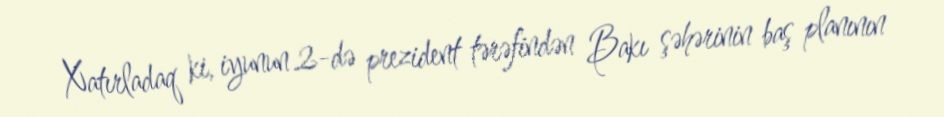
Xatırladaq ki, iyunun 2-də prezident tərəfindən Bakı şəhərinin baş planının